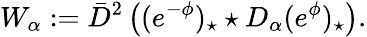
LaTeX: W_{\alpha}:=\bar{D}^{2}\left((e^{-\phi})_{\star}\star D_{\alpha}(e^{\phi})_{\star}\right).